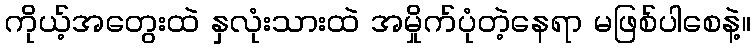
ကိုယ့်အတွေးထဲ နှလုံးသားထဲ အမှိုက်ပုံတဲ့နေရာ မဖြစ်ပါစေနဲ့။